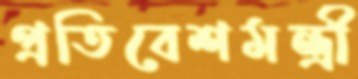
প্রতিবেশমন্ত্রী